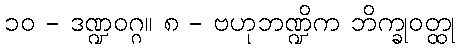
၁၀ - ဒဏ္ဍဝဂ္ဂ။ ၈ - ဗဟုဘဏ္ဍိက ဘိက္ခုဝတ္ထု